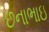
છનાભાઇ